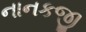
નાનકજી